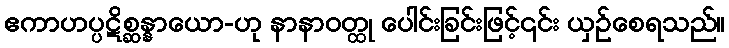
ဧကာဟပ္ပဋိစ္ဆန္နာယော-ဟု နာနာဝတ္ထု ပေါင်းခြင်းဖြင့်၎င်း ယှဉ်စေရသည်။